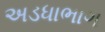
અડધાભાગ